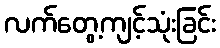
လက်တွေ့ကျင့်သုံးခြင်း